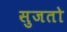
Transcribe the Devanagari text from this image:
सुजतो